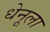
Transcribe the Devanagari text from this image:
धेनूला